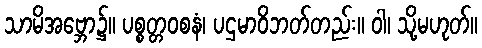
သာမိအဗ္ဘော၌။ ပစ္စတ္တဝစနံ၊ ပဌမာဝိဘတ်တည်း။ ဝါ၊ သို့မဟုတ်။